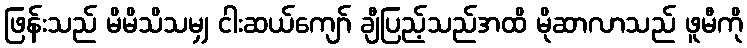
ဖြန်းသည် မိမိသိသမျှ ငါးဆယ်ကျော် ချီပြည့်သည်အထိ မိုဆာလာသည် ဖူမီကို